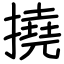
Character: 撓